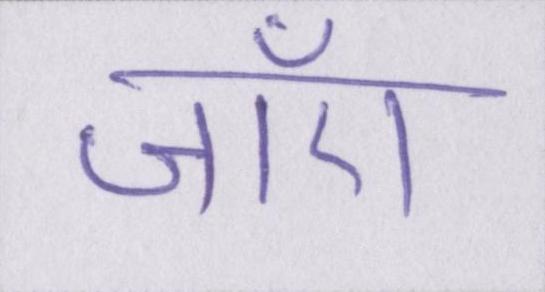
जाएँ